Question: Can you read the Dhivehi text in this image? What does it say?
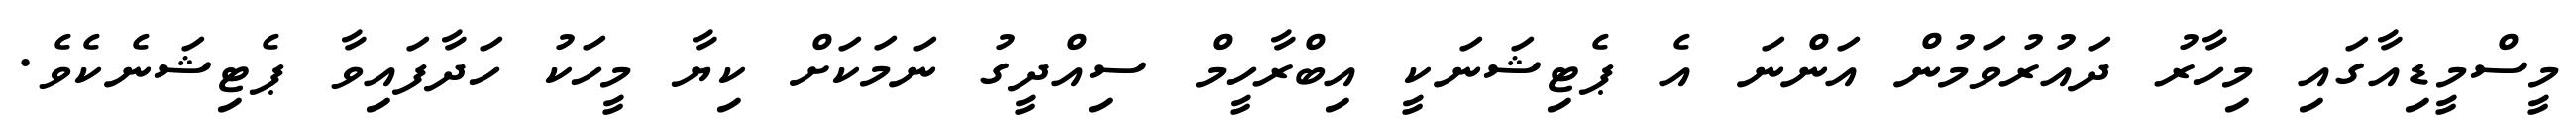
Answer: މީސްމީޑިއާގައި މިހާރު ދައުރުވަމުން އަންނަ އެ ޕެޓިޝަނަކީ އިބްރާހީމް ސިއްދީގު ނަމަކަށް ކިޔާ މީހަކު ހަދާފައިވާ ޕެޓިޝަނެކެވެ.